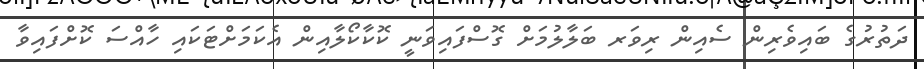
ދަތުރުގެ ބައިވެރިން ސެއިން ރިވަރ ބަލާލުމަށް ގޮސްފައިވަނީ ކޮކާކޯލާއިން އެކަމަށްޓަކައި ހާއްސަ ކޮށްފައިވާ